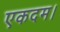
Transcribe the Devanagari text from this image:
एकदम।